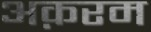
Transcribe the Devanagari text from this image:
अक़रम